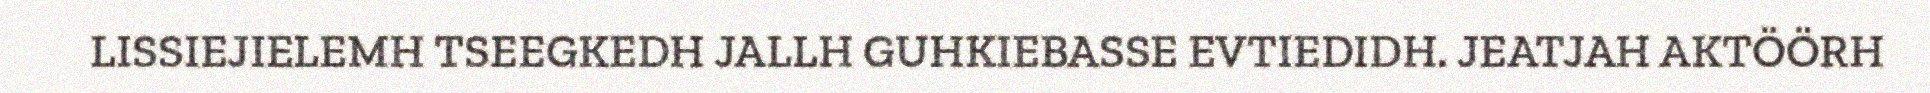
LISSIEJIELEMH TSEEGKEDH JALLH GUHKIEBASSE EVTIEDIDH. JEATJAH AKTÖÖRH